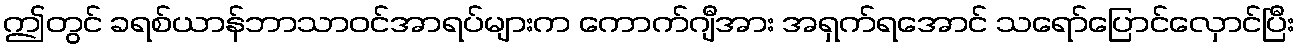
ဤတွင် ခရစ်ယာန်ဘာသာဝင်အာရပ်များက ကောက်ဂျီအား အရှက်ရအောင် သရော်ပြောင်လှောင်ပြီး